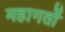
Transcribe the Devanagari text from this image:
महागर्तो